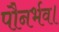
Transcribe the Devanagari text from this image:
पौनर्भव।